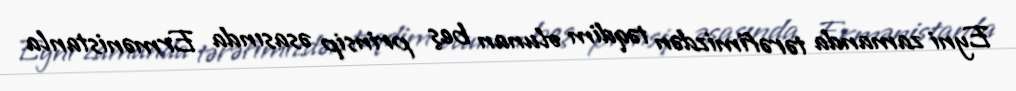
Eyni zamanda tərəfimizdən təqdim olunan beş prinsip əsasında Ermənistanla